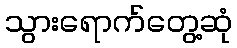
သွားရောက်တွေ့ဆုံ